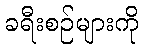
ခရီးစဉ်များကို